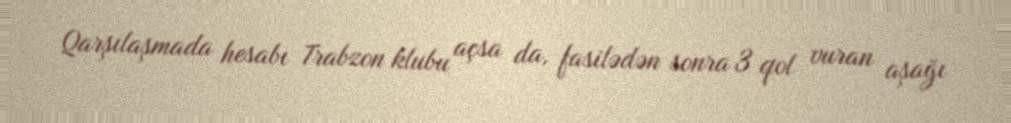
Qarşılaşmada hesabı Trabzon klubu açsa da, fasilədən sonra 3 qol vuran aşağı